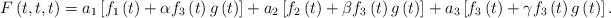
LaTeX: \begin{align*}F\left(t,t,t\right) & =a_{1}\left[f_{1}\left(t\right)+\alpha f_{3}\left(t\right)g\left(t\right)\right]+a_{2}\left[f_{2}\left(t\right)+\beta f_{3}\left(t\right)g\left(t\right)\right]+a_{3}\left[f_{3}\left(t\right)+\gamma f_{3}\left(t\right)g\left(t\right)\right].\end{align*}